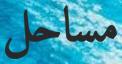
مساحل